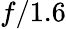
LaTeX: f/1.6